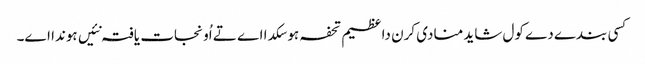
کسی بندے دے کول شاید منادی کرن دا عظیم تحفہ ہو سکدا اے تے اُو نجات یافتہ نئیں ہوندا اے۔